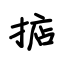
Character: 掂